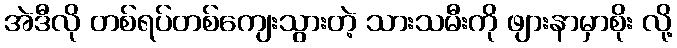
အဲဒီလို တစ်ရပ်တစ်ကျေးသွားတဲ့ သားသမီးကို ဖျားနာမှာစိုး လို့